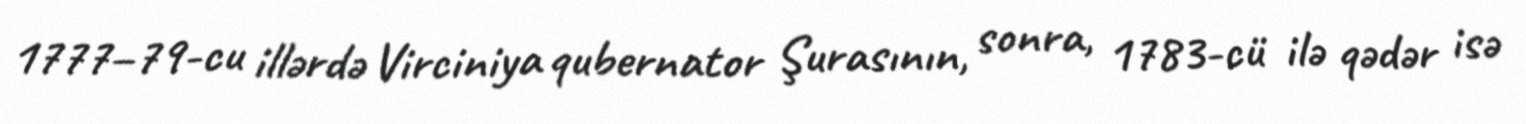
1777–79-cu illərdə Virciniya qubernator Şurasının, sonra, 1783-cü ilə qədər isə